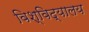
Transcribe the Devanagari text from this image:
विश्‍विद्यालय